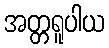
အတ္တရူပါယ